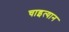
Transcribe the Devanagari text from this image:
चाइत्यान